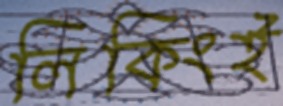
লিকিংই